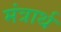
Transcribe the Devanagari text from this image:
मंत्रार्थ